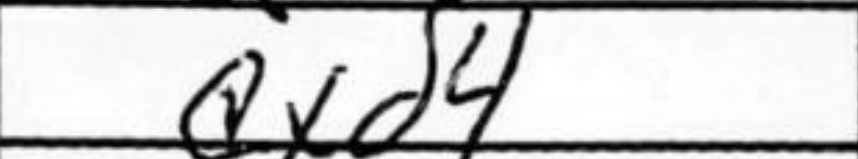
Transcription: Qxd4